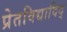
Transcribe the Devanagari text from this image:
प्रेतविद्याविद्